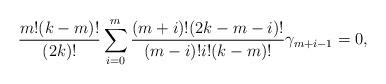
LaTeX: \begin{align*} \frac{m!(k-m)!}{(2k)!}\sum\limits_{i=0}^{m} \frac{(m+i)!(2k-m-i)!}{(m-i)!i!(k-m)!}\gamma_{m + i - 1} = 0,\end{align*}